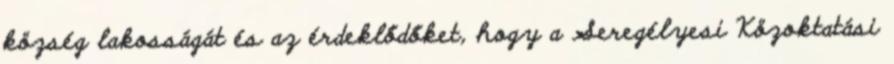
község lakosságát és az érdeklődőket, hogy a Seregélyesi Közoktatási